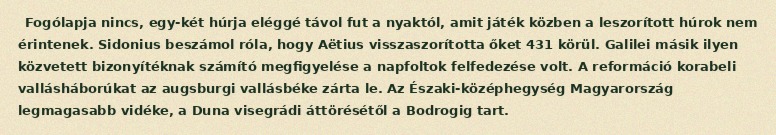
Fogólapja nincs, egy-két húrja eléggé távol fut a nyaktól, amit játék közben a leszorított húrok nem érintenek. Sidonius beszámol róla, hogy Aëtius visszaszorította őket 431 körül. Galilei másik ilyen közvetett bizonyítéknak számító megfigyelése a napfoltok felfedezése volt. A reformáció korabeli vallásháborúkat az augsburgi vallásbéke zárta le. Az Északi-középhegység Magyarország legmagasabb vidéke, a Duna visegrádi áttörésétől a Bodrogig tart.